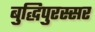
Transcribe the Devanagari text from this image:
बुद्धिपुरस्सर